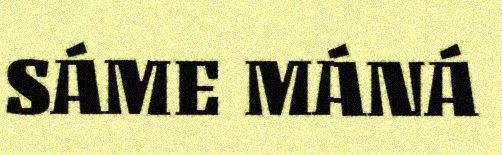
SÁME MÁNÁ